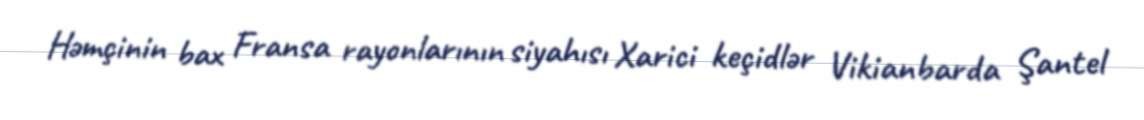
Həmçinin bax Fransa rayonlarının siyahısı Xarici keçidlər Vikianbarda Şantel